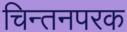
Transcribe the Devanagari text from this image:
चिन्तनपरक